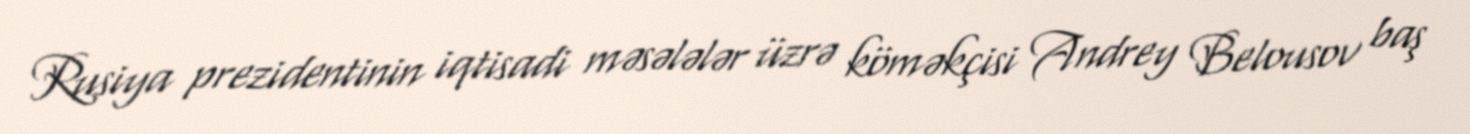
Rusiya prezidentinin iqtisadi məsələlər üzrə köməkçisi Andrey Belousov baş